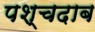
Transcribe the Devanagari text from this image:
पश्चदाब